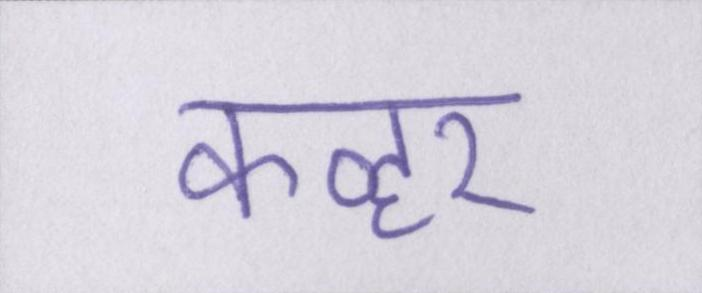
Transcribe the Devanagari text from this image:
कव्हर